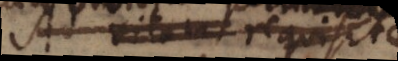
Ad vitam requisitae